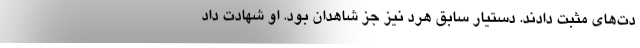
دت‌های مثبت دادند. دستیار سابق هرد نیز جز شاهدان بود. او شهادت داد